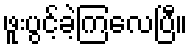
ဖူးပွင့်ခဲ့ကြလေပြီ။